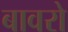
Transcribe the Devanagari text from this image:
बावरो